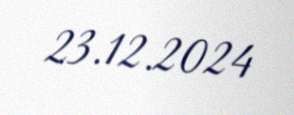
23.12.2024